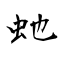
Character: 虵